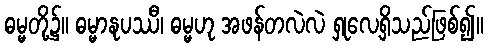
ဓမ္မတို့၌။ ဓမ္မာနုပဿီ၊ ဓမ္မဟု အဖန်တလဲလဲ ရှုလေ့ရှိသည်ဖြစ်၍။